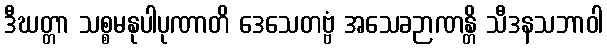
ဒီဃတ္တာ သစ္စမနုပါပုဏာတိ ဒေသေတဗ္ဗံ အသေခဉာဏန္တိ သီဒနသဘာဝါ